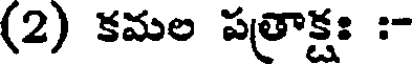
(2) కమల పత్రాక్షః :-